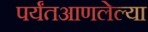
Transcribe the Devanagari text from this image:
पर्यंतआणलेल्या